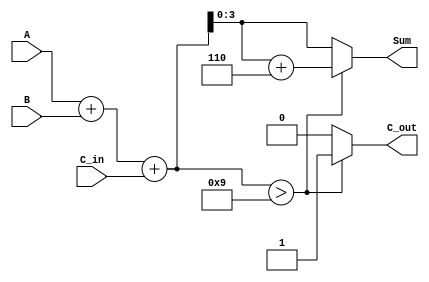
module BCD_Conditional_Adder (
    input  wire [3:0] A,       // First BCD digit
    input  wire [3:0] B,       // Second BCD digit
    input  wire C_in,          // Carry input
    output reg  [3:0] Sum,     // BCD sum output
    output reg  C_out          // Carry output
);

    wire [4:0] Temp_Sum;       // Temporary sum (5 bits to accommodate carry)
    
    // Step 1: Initial addition of A, B, and C_in
    assign Temp_Sum = A + B + C_in;

    // Step 2: Check if Temp_Sum exceeds 9
    always @(*) begin
        if (Temp_Sum > 9) begin
            Sum = Temp_Sum + 4'b0110; // Adjust by adding 6
            C_out = 1;                // Set carry out
        end else begin
            Sum = Temp_Sum[3:0];      // No adjustment needed
            C_out = 0;                // No carry out
        end
    end

endmodule